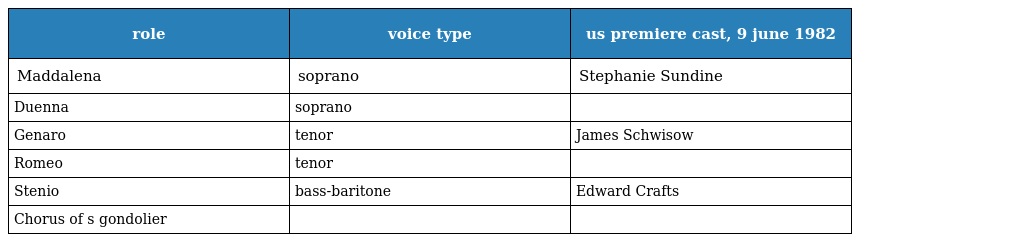
| role | voice type | us premiere cast, 9 june 1982 |
 | --- | --- | --- |
 | Maddalena | soprano | Stephanie Sundine |
 | Duenna | soprano |  |
 | Genaro | tenor | James Schwisow |
 | Romeo | tenor |  |
 | Stenio | bass-baritone | Edward Crafts |
 | Chorus of s gondolier |  |  |